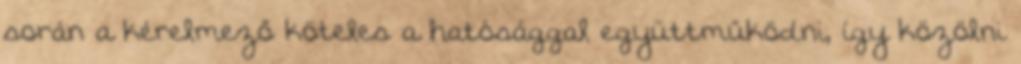
során a kérelmező köteles a hatósággal együttműködni, így közölni